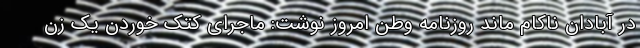
در آبادان ناکام ماند روزنامه وطن امروز نوشت: ماجرای کتک خوردن یک زن